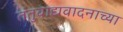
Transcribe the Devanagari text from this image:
तंतुवाद्यवादनाच्या